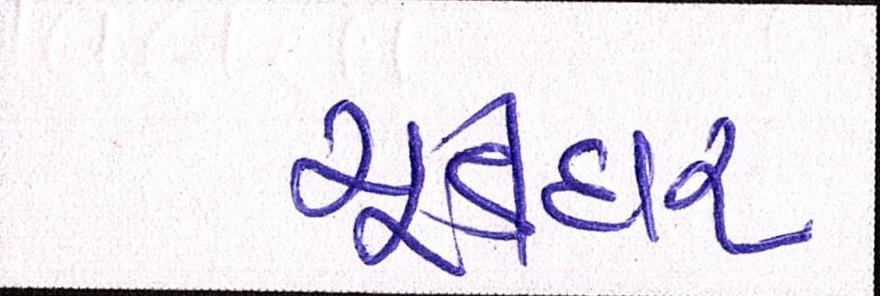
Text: ચૂડીદાર